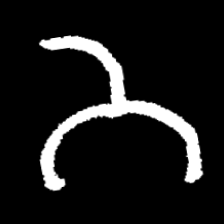
Pyu character \u2014 Myanmar letter: ဘ (romanized: bha)